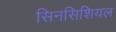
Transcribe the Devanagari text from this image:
सिनसिशियल